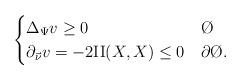
LaTeX: \begin{align*}\begin{cases} \Delta_\Psi v \geq 0 & \O \\ \partial_{\vec \nu} v = -2 \mathrm{II}(X,X) \leq 0 & \partial \O.\end{cases}\end{align*}